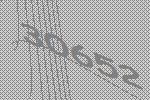
30652